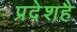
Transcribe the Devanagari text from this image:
प्रदेशहै